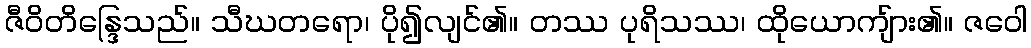
ဇီဝိတိန္ဒြေသည်။ သီဃတရော၊ ပို၍လျင်၏။ တဿ ပုရိသဿ၊ ထိုယောကျ်ား၏။ ဇဝေါ